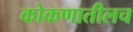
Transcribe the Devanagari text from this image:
कोकणातीलच